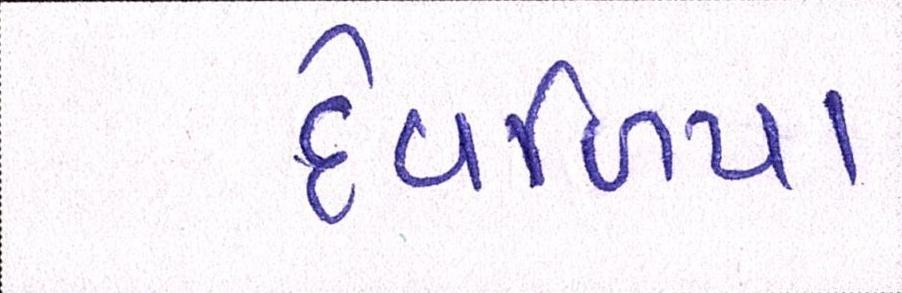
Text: દેવળિયા